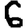
Digit: 6